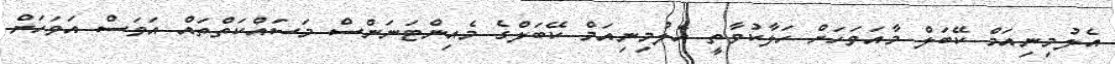
އެލުމިނިއަމް ކޭބަލް މާއަވަހަށް ހަލާކުވާތީ އެލުމިނިއަމް ކޭބަލްގެ މެއިންޓަނަންސް މަސައްކަތްތައް އަވަސް އަވަހަށް